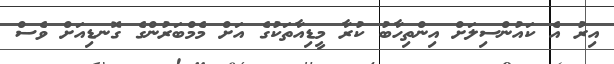
އިރު އެ ކައުންސިލަށް އިންތިހާބު ކުރާ މީޑިއާތަކުގެ އަށް މެމްބަރުންގެ ގޮނޑިއަށް ވެސް